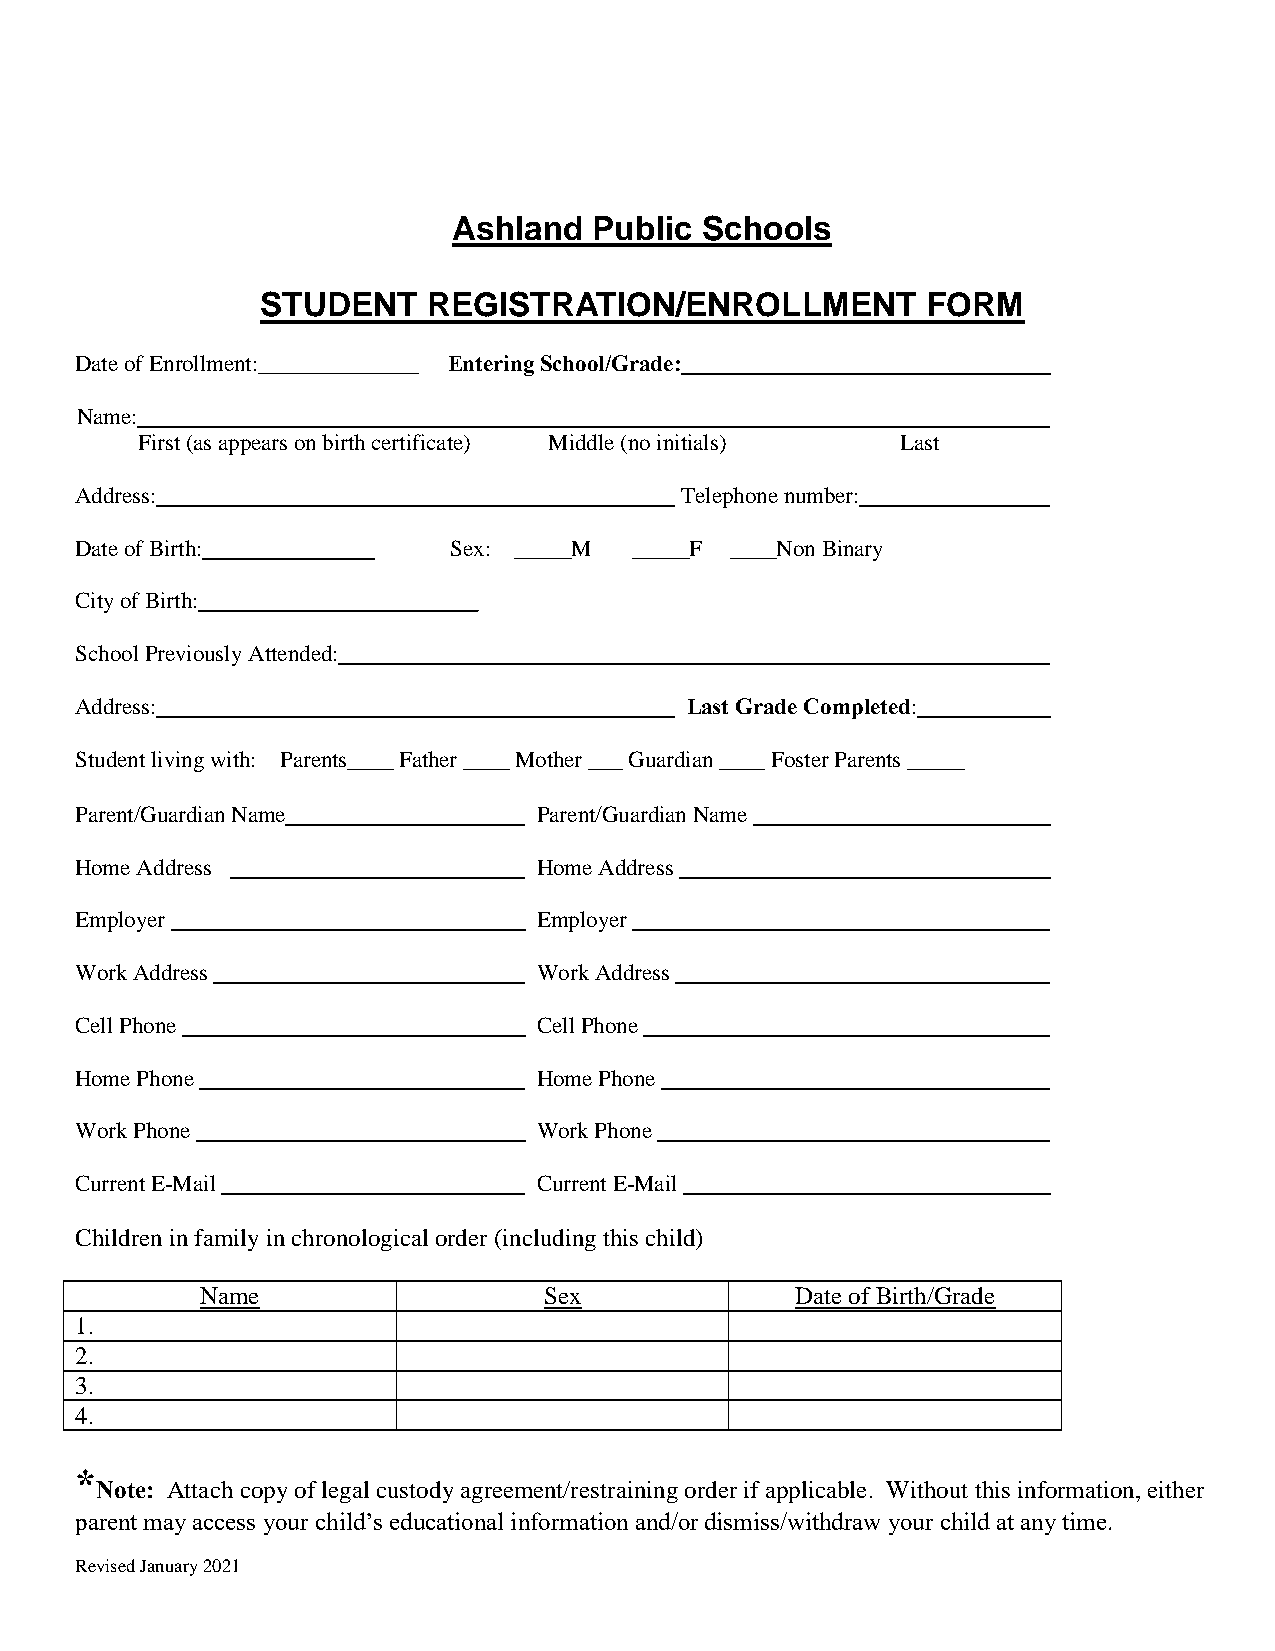
Ashland  Public Schools
 STUDENT    REGISTRATION/ENROLLMENT          FORM
 Date of Enrollment:______________ Entering School/Grade:
 Name:
 First (as appears on birth certificate) Middle (no initials) Last
 Address:                                Telephone number:
 Date of Birth:           Sex: _____M _____F ____Non Binary
 City of Birth:      _________
 School Previously Attended:
 Address:                                Last Grade Completed:
 Student living with: Parents____ Father ____ Mother ___ Guardian ____ Foster Parents _____
 Parent/Guardian Name           Parent/Guardian Name
 Home Address                   Home Address
 Employer                       Employer
 Work Address                   Work Address
 Cell Phone                     Cell Phone
 Home Phone                     Home Phone
 Work Phone                     Work Phone
 Current E-Mail                 Current E-Mail
 Children in family in chronological order (including this child)
 Name                   Sex              Date of Birth/Grade
 1.
 2.
 3.
 4.
 *
 Note: Attach copy of legal custody agreement/restraining order if applicable. Without this information, either
 parent may access your child’s educational information and/or dismiss/withdraw your child at any time.
 Revised January 2021